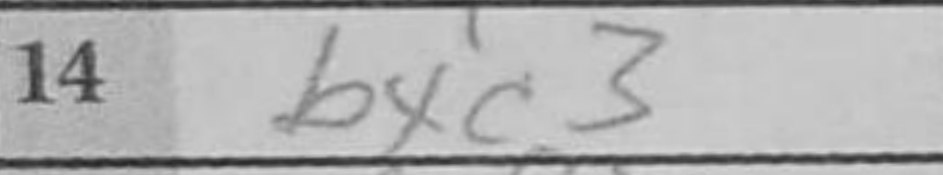
Transcription: bxc3